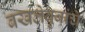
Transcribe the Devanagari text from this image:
बखलेबुवांचे